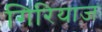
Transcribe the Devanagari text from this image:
गिरियाज